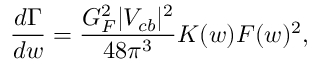
\frac { d \Gamma } { d w } = \frac { G _ { F } ^ { 2 } | V _ { c b } | ^ { 2 } } { 4 8 \pi ^ { 3 } } { \cal K } ( w ) { \cal F } ( w ) ^ { 2 } ,